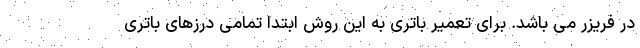
در فریزر می باشد. برای تعمیر باتری به این روش ابتدا تمامی درزهای باتری